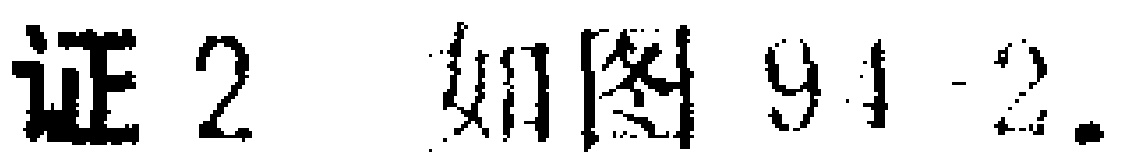
证2 如图91-2.